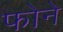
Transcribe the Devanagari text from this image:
फोने